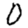
Digit: 0